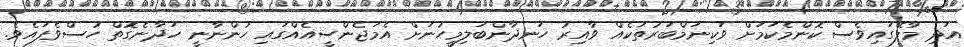
އަދި މާލޭގައިވެސް ކޮންމެކަމަށް ވަކިނަމްބަރުތަކެއް ވާއިރު ހަނދާންބަލިމީހުނަށް އެމަޖެންސީއެއްގައި ހުންނާނީ ހަދާނެގޮތް ހުސްވެފައެވެ.